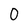
Character: O